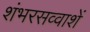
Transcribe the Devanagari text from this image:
शंभरसव्वाशें